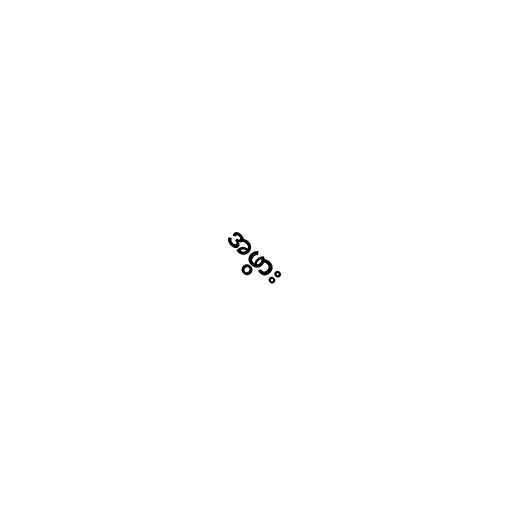
အဖွား